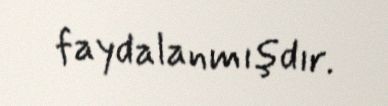
faydalanmışdır.